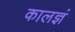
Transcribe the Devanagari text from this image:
कालज्ञं